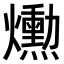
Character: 𤑕